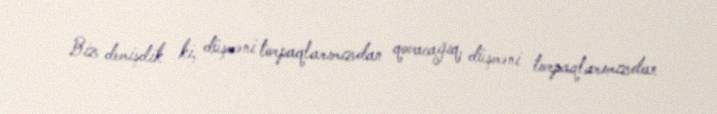
Biz demişdik ki, düşməni torpaqlarımızdan qovacağıq, düşməni torpaqlarımızdan